Report of the Hyderabad Chloroform Commission
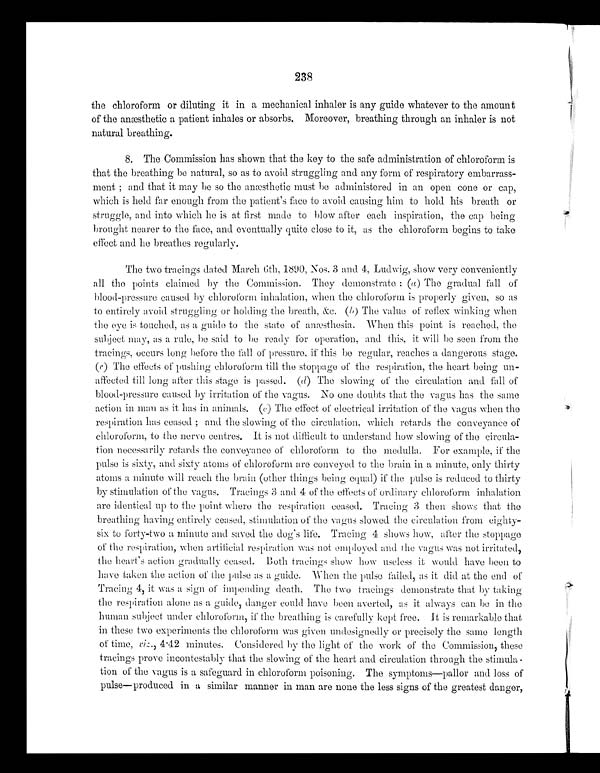
238
the chloroform or diluting it in a mechanical inhaler is any guide whatever to the amount
of the anæsthetic a patient inhales or absorbs. Moreover, breathing through an inhaler is not
natural breathing.
8. The Commission has shown that the key to the safe administration of chloroform is
that the breathing be natural, so as to avoid struggling and any form of respiratory embarrass-
ment; and that it may be so the anæsthetic must be administered in an open cone or cap,
which is held far enough from the patient's face to avoid causing him to hold his breath or
struggle, and into which he is at first made to blow after each inspiration, the cap being
brought nearer to the face, and eventually quite close to it, as the chloroform begins to take
effect and he breathes regularly.
The two tracings dated March 6th, 1890, Nos. 3 and 4, Ludwig, show very conveniently
all the points claimed by the Commission. They demonstrate: (a) The gradual fall of
blood-pressure caused by chloroform inhalation, when the chloroform is properly given, so as
to entirely avoid struggling or holding the breath, &c. ( b) The value of reflex winking when
the eye is touched, as a guide to the state of anæsthesia. When this point is reached, the
subject may, as a rule, be said to be ready for operation, and this, it will be seen from the
tracings, occurs long before the fall of pressure, if this be regular, reaches a dangerous stage.
(c) The effects of pushing chloroform till the stoppage of the respiration, the heart being un-
affected till long after this stage is passed. (d) The slowing of the circulation and fall of
blood-pressure caused by irritation of the vagus. No one doubts that the vagus has the same
action in man as it has in animals. (e) The effect of electrical irritation of the vagus when the
respiration has ceased; and the slowing of the circulation, which retards the conveyance of
chloroform, to the nerve centres. It is not difficult to understand how slowing of the circula-
tion necessarily retards the conveyance of chloroform to the medulla. For example, if the
pulse is sixty, and sixty atoms of chloroform are conveyed to the brain in a minute, only thirty
atoms a minute will reach the brain (other things being equal) if the pulse is reduced to thirty
by stimulation of the vagus. Tracings 3 and 4 of the effects of ordinary chloroform inhalation
are identical up to the point where the respiration ceased. Tracing 3 then shows that the
breathing having entirely ceased, stimulation of the vagus slowed the circulation from eighty-
six to forty-two a minute and saved the dog's Tracing 4 shows how, after the stoppage
of the respiration, when artificial respiration was not employed and the vagus was not irritated,
the heart's action gradually ceased. Both tracings show how useless it would have been to
have taken the action of the pulse as a guide. When the pulse failed, as it did at the end of
Tracing 4, it was a sign of impending death. The two tracings demonstrate that by taking
the respiration alone as a guide, danger could have been averted, as it always can be in the
human subject under chloroform, if the breathing is carefully kept free. It is remarkable that
in these two experiments the chloroform was given undesignedly or precisely the same length
of time, viz., 4.42 minutes. Considered by the light of the work of the Commission, these
tracings prove incontestably that the slowing of the heart and circulation through the stimuli
tion of the vagus is a safeguard in chloroform poisoning. The symptoms—pallor and loss of
pulse—produced in a similar manner in man are none the less signs of the greatest danger,